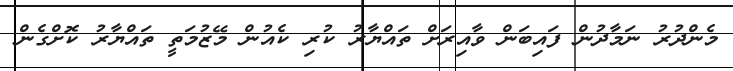
މެންދުރު ނަމާދުން ފައިބަން ވާއިރަށް ތައްޔާރު ކުރި ކެއުން މޭޒުމަތީ ތައްޔާރު ކޮށްގެން